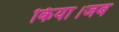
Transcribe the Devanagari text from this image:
किया।जब